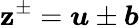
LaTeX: \boldsymbol{\mathbf{z}}^{\pm}=\boldsymbol{u}\pm\boldsymbol{b}